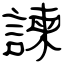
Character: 諫